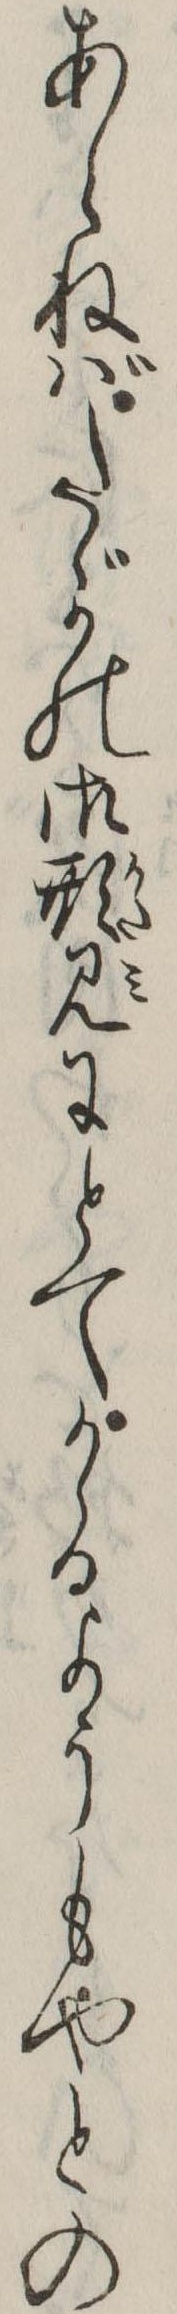
あらねばたゞかの御形見にとてかゝるようもやとの